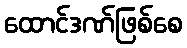
ထောင်ဒဏ်ဖြစ်စေ